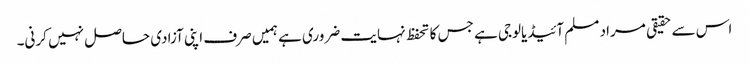
اس سے حقیقی مراد مسلم آئیڈیالوجی ہے جس کا تحفظ نہایت ضروری ہے ہمیں صرف اپنی آزادی حاصل نہیں کرنی۔